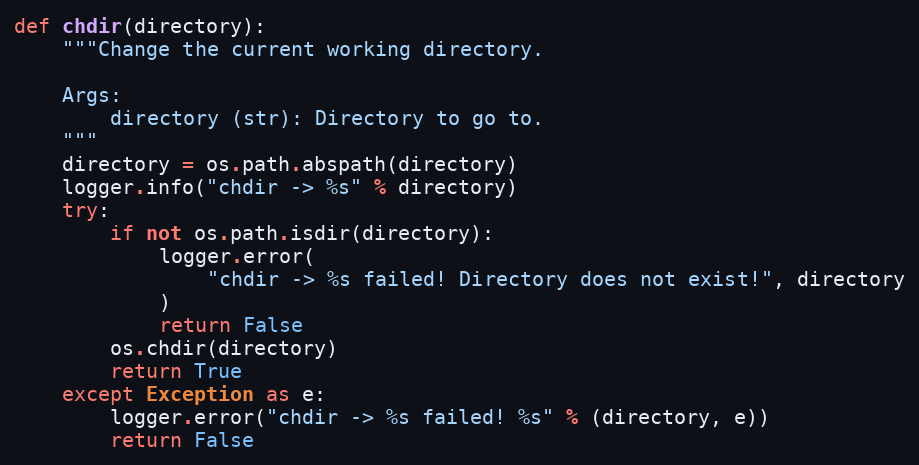
Language: Python
def chdir(directory):
    """Change the current working directory.

    Args:
        directory (str): Directory to go to.
    """
    directory = os.path.abspath(directory)
    logger.info("chdir -> %s" % directory)
    try:
        if not os.path.isdir(directory):
            logger.error(
                "chdir -> %s failed! Directory does not exist!", directory
            )
            return False
        os.chdir(directory)
        return True
    except Exception as e:
        logger.error("chdir -> %s failed! %s" % (directory, e))
        return False